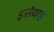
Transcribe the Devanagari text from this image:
इसैयाह